Annual statistical returns and brief notes on vaccination in Bengal - 1896-1909
Year: 1896
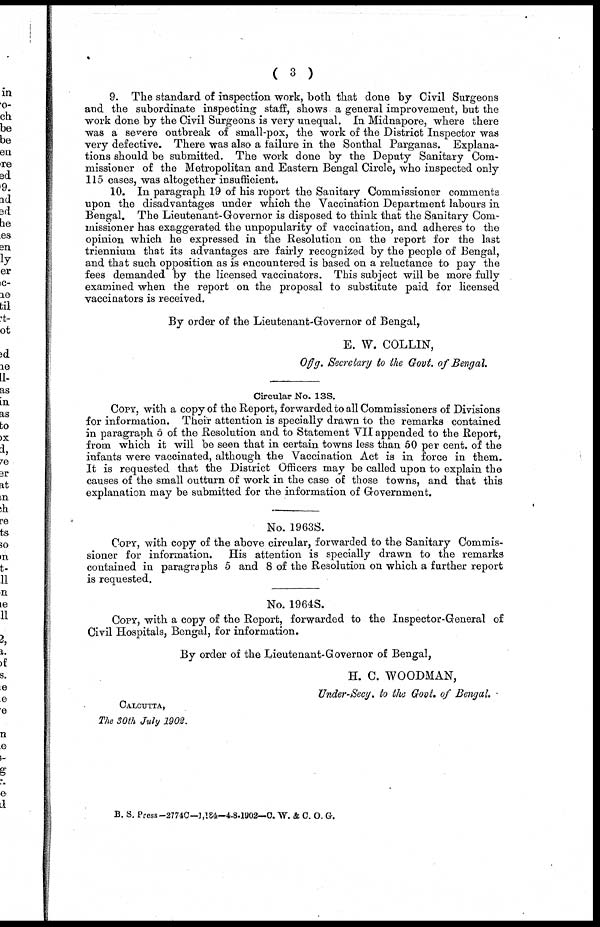
( 3 )
9. The standard of inspection work, both that done by Civil Surgeons
and the subordinate inspecting staff, shows a general improvement, but the
work done by the Civil Surgeons is very unequal. In Midnapore, where there
was a severe outbreak of small-pox, the work of the District Inspector was
very defective. There was also a failure in the Sonthal Parganas. Explana-
tions should be submitted. The work done by the Deputy Sanitary Com-
missioner of the Metropolitan and Eastern Bengal Circle, who inspected only
115 cases, was altogether insufficient.
10. In paragraph 19 of his report the Sanitary Commissioner comments
upon the disadvantages under which the Vaccination Department labours in
Bengal. The Lieutenant-Governor is disposed to think that the Sanitary Com-
missioner has exaggerated the unpopularity of vaccination, and adheres to the
opinion which he expressed in the Resolution on the report for the last
triennium that its advantages are fairly recognized by the people of Bengal,
and that such opposition as is encountered is based on a reluctance to pay the
fees demanded by the licensed vaccinators. This subject will be more fully
examined when the report on the proposal to substitute paid for licensed
vaccinators is received.
By order of the Lieutenant-Governor of Bengal,
E. W. COLLIN,
Offg. Secretary to the Govt. of Bengal.
Circular No. 138.
COPY, with a copy of the Report, forwarded to all Commissioners of Divisions
for information. Their attention is specially drawn to the remarks contained
in paragraph 5 of the Resolution and to Statement VII appended to the Report,
from which it will be seen that in certain towns less than 50 per cent. of the
infants were vaccinated, although the Vaccination Act is in force in them.
It is requested that the District Officers may be called upon to explain the
causes of the small outturn of work in the case of those towns, and that this
explanation may be submitted for the information of Government.
No. 1963S.
COPY, with copy of the above circular, forwarded to the Sanitary Commis-
sioner for information. His attention is specially drawn to the remarks
contained in paragraphs 5 and 8 of the Resolution on which a further report
is requested.
No. 1964S.
COPY, with a copy of the Report, forwarded to the Inspector-General of
Civil Hospitals, Bengal, for information.
By order of the Lieutenant-Governor of Bengal,
H. C. WOODMAN,
Under-Secy. to the Govt. of Bengal.
CALCUTTA,
The 30th July 1902.
B. S. Press-2774C—1,184-4-8-1902—C. W. & C. O. G.